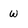
Character: w